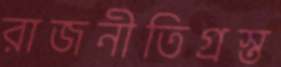
রাজনীতিগ্রস্ত